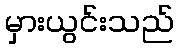
မှားယွင်းသည်